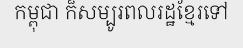
កម្ពុជា ក៏សម្បូរពលរដ្ឋខ្មែរទៅ